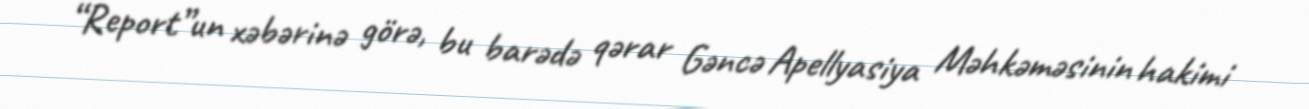
“Report”un xəbərinə görə, bu barədə qərar Gəncə Apellyasiya Məhkəməsinin hakimi